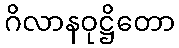
ဂိလာနဝုဋ္ဌိတော